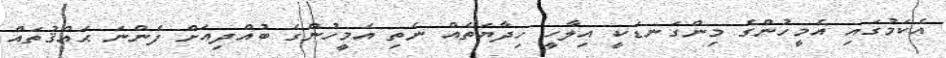
އެކަމުގައި އެމީހުންގެ މިންގަނޑަކީ އިލާހީ ހިދާޔަތެއް ނެތި އެމީހުންގެ ބުއްދިއަށް ފެންނަ ޙައްޤުތައް